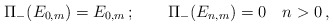
\begin{align*}\Pi_- (E_{0,m})=E_{0,m}\,;\qquad\Pi_- (E_{n,m})=0\quad n>0\,,\end{align*}